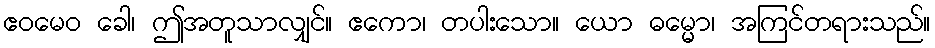
ဧဝမေဝ ခေါ၊ ဤအတူသာလျှင်။ ဧကော၊ တပါးသော။ ယော ဓမ္မော၊ အကြင်တရားသည်။